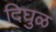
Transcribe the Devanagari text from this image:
दिघुळ